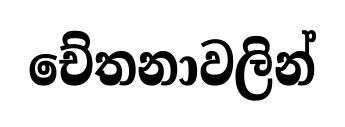
චේතනාවලින්